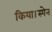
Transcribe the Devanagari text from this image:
किया।स्पेन